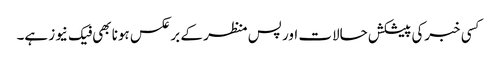
کسی خبرکی پیشکش حالات اور پس منظر کے برعکس ہونا بھی فیک نیوز ہے۔